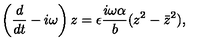
\left( \frac { d } { d t } - i \omega \right) z = \epsilon \frac { i \omega \alpha } { b } ( z ^ { 2 } - { \bar { z } } ^ { 2 } ) ,